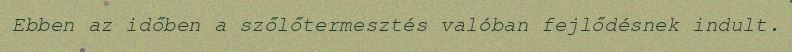
Ebben az időben a szőlőtermesztés valóban fejlődésnek indult.